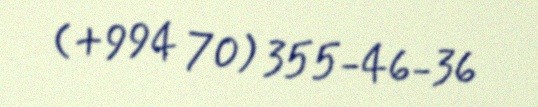
(+994 70) 355-46-36